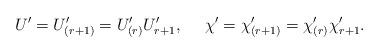
LaTeX: \begin{align*}U'=U'_{(r+1)}=U'_{(r)}U'_{r+1}, \ \ \ \ \chi '=\chi '_{(r+1)}=\chi '_{(r)}\chi '_{r+1}.\end{align*}